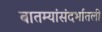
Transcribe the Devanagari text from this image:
बातम्यांसंदर्भातली